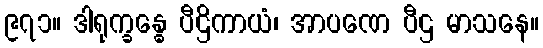
၉၇၁။ ဒါရုက္ခန္ဓေ ပီဌိကာယံ၊ အာပဏေ ပီဌ မာသနေ။